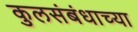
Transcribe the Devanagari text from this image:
कुलसंबंधाच्या